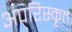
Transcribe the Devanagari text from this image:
अपरिस्कृत